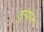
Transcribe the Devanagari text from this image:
तुऱ्यात